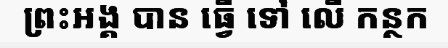
ព្រះអង្គ បាន ធ្វើ ទៅ លើ កន្ថក